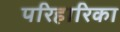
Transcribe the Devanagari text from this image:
परिहारिका